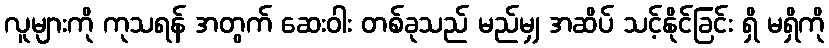
လူများကို ကုသရန် အတွက် ဆေးဝါး တစ်ခုသည် မည်မျှ အဆိပ် သင့်နိုင်ခြင်း ရှိ မရှိကို